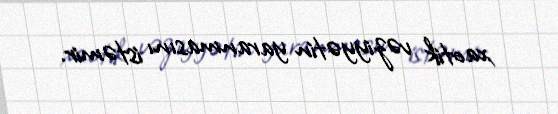
xaotik vəziyyətin yaranmasını istəmir.